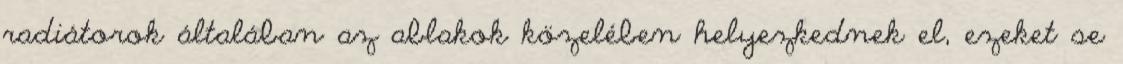
radiátorok általában az ablakok közelében helyezkednek el, ezeket se